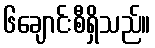
၆ချောင်းစီရှိသည်။